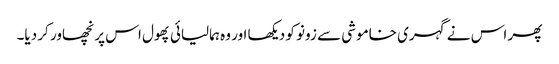
پھر اس نے گہری خاموشی سے زونو کو دیکھا اور وہ ہمالیائی پھول اس پر نچھاور کر دیا۔